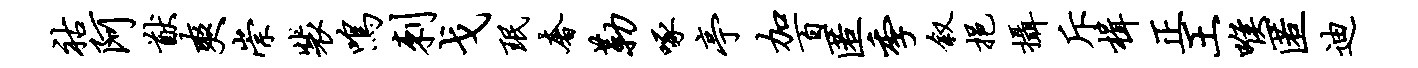
祜阿猷爽崇裴鸣刺戈珉奢勒啄亭加百匿季叙挹摄斥楫正王喉匿迪